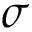
\sigma